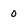
Character: 0